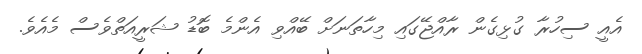
އެއީ ސިހުރާ ގުޅިގެން ރާއްޖޭގައި މިހާތަނަށް ބޭއްވި އެންމެ ބޮޑު ޝަރީއަތްވެސް މެއެވެ.